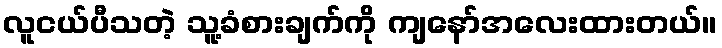
လူငယ်ပီသတဲ့ သူ့ခံစားချက်ကို ကျနော်အလေးထားတယ်။